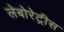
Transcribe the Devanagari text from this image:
लेबोरेट्रीस